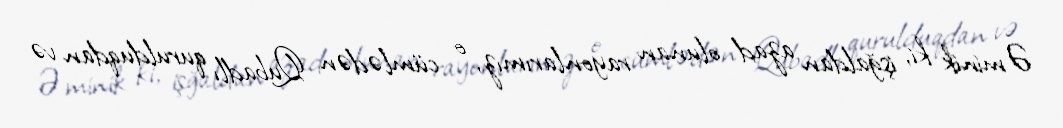
Əminik ki, işğaldan azad olunan rayonlarımız, o cümlədən Qubadlı qurulduqdan və